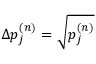
\Delta p _ { j } ^ { ( n ) } = \sqrt { p _ { j } ^ { ( n ) } }